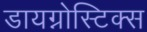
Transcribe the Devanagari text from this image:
डायग्नोस्टिक्स